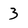
Character: 3